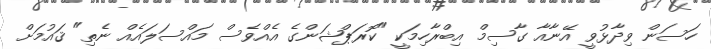
ހަސަން ވިދާޅުވީ އޭނާއާ ގާސިމް އިބްރާހިމަކީ "ކޮރަޕްޝަންގެ އެއްވެސް މައްސަލައެއް ނެތި" ޤައުމަށް